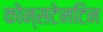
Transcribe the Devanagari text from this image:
कोन्सटेनटिन